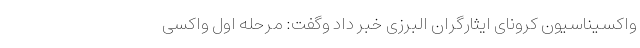
واکسیناسیون کرونای ایثارگران البرزی خبر داد وگفت: مرحله اول واکسی